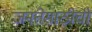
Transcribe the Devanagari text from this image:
जनतेसाठीची